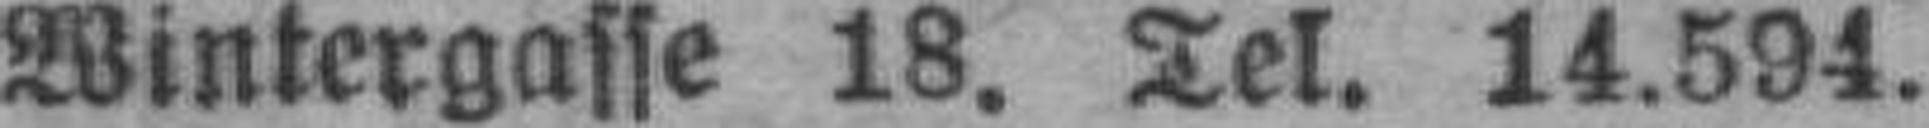
Wintergasse 18. Tel. 14.594.